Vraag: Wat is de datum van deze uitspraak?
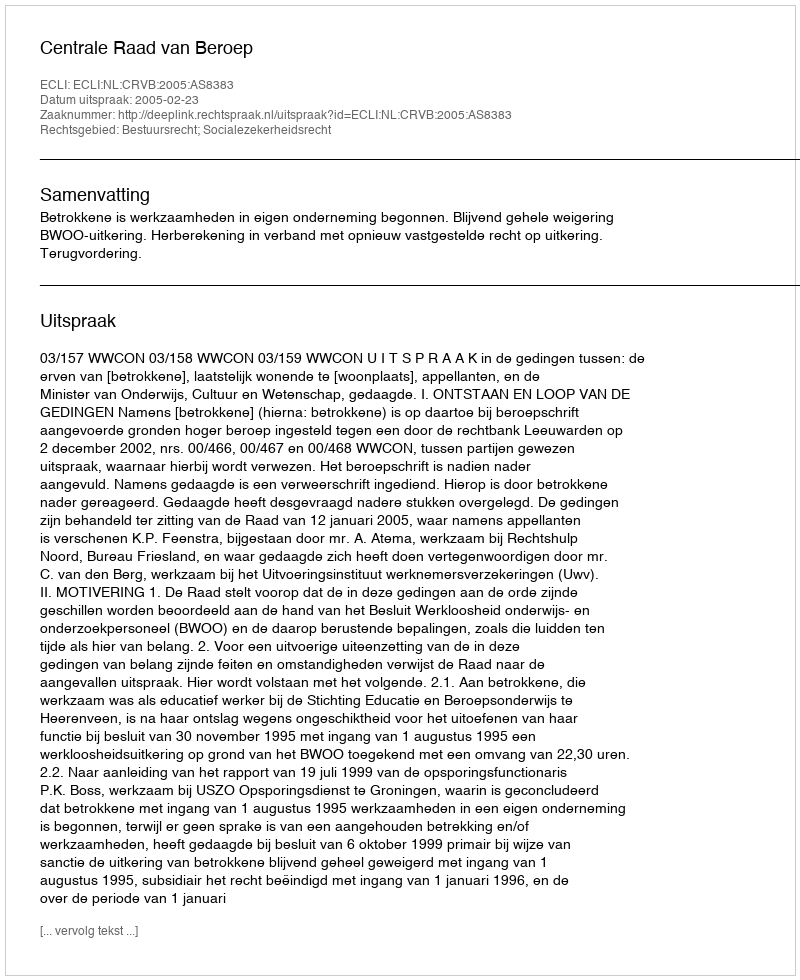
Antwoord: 2005-02-23